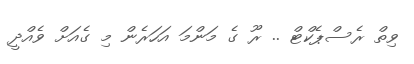
ވިތް ރެސްޕެކްޓް .. ރޫ ގެ މަންމަ އަހަރެން މި ގެއަށް ވެއްދީ